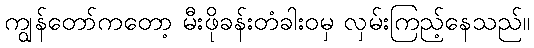
ကျွန်တော်ကတော့ မီးဖိုခန်းတံခါးဝမှ လှမ်းကြည့်နေသည်။